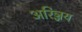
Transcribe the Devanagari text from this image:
अरिञ्जय